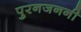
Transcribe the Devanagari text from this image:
पुरनजननी